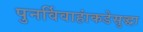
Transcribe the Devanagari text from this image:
पुनर्विवाहांकडेसुद्धा